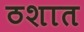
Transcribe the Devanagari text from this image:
ठशात